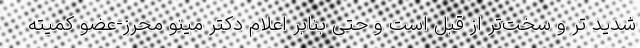
شدید تر و سخت‌تر از قبل است و حتی بنابر اعلام دکتر مینو محرز-عضو کمیته